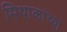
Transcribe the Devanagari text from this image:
मिथाकांच्या